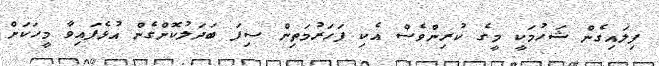
ފިލައިގެން ޝަހުމަކީ މީގެ ކުރިންވެސް އެކި ފަހަރުމަތިން ސިފަ ބަދަލުކޮށްގެން އުޅެފައިވާ މީހަކަށް